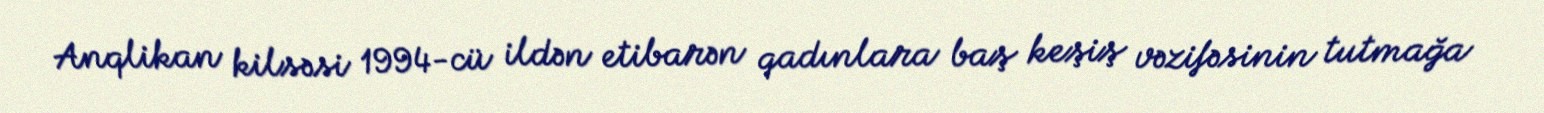
Anqlikan kilsəsi 1994-cü ildən etibarən qadınlara baş keşiş vəzifəsinin tutmağa